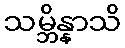
သမ္ဘိန္နာသိ